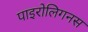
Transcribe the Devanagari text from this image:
पाइरोलिगनस